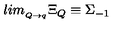
l i m _ { _ { Q \rightarrow q } } \Xi _ { Q } \equiv \Sigma _ { - 1 }